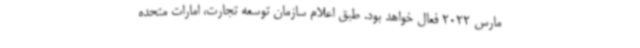
مارس 2022 فعال خواهد بود. طبق اعلام سازمان توسعه تجارت، امارات متحده